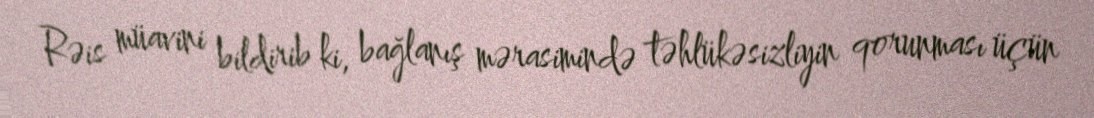
Rəis müavini bildirib ki, bağlanış mərasimində təhlükəsizliyin qorunması üçün